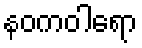
နဝကဝါရော